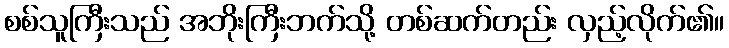
စစ်သူကြီးသည် အဘိုးကြီးဘက်သို့ တစ်ဆက်တည်း လှည့်လိုက်၏။